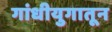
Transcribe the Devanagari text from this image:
गांधीयुगातून